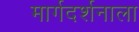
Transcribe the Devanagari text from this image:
मार्गदर्शनाला